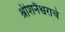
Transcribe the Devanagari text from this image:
श्रीशनैश्वराचे